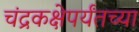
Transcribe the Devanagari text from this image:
चंद्रकक्षेपर्यंतच्या